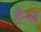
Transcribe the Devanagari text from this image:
हैंन्स